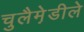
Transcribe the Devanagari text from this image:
चुलैमे़डीले